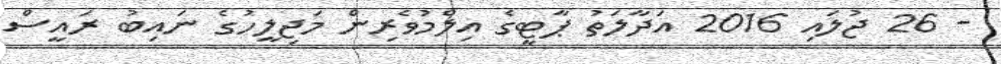
- 26 ޖުލައި 2016 އަދާލަތު ޕާޓީގެ އިލްމުވެރިން މަޖިލީހުގެ ނައިބު ރައީސް